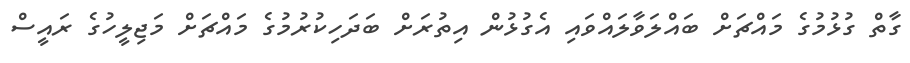
ގާތް ގުޅުމުގެ މައްޗަށް ބައްލަވާލައްވައި އެގުޅުން އިތުރަށް ބަދަހިކުރުމުގެ މައްޗަށް މަޖިލީހުގެ ރައީސް